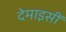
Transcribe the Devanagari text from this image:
देमाइसीं